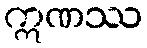
ဣဏဿ